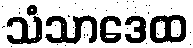
သံသာဒေထ